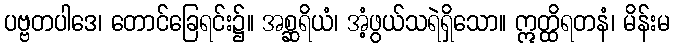
ပဗ္ဗတပါဒေ၊ တောင်ခြေရင်း၌။ အစ္ဆရိယံ၊ အံ့ဖွယ်သရဲရှိသော။ ဣတ္ထိရတနံ၊ မိန်းမ